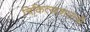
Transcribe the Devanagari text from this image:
चिकित्साशास्त्रों